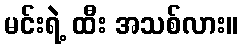
မင်းရဲ့ ထီး အသစ်လား။